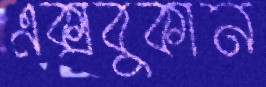
এক্সবুকান